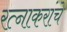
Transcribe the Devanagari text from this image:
रत्नाकरांचे